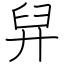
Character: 舁